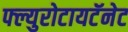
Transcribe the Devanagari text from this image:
फ्ल्युरोटायटॅनेट